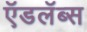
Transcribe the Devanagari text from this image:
ऍडलॅब्स